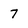
Character: 7